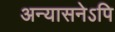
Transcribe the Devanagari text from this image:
अन्यासनेऽपि